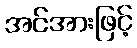
အင်အားဖြင့်